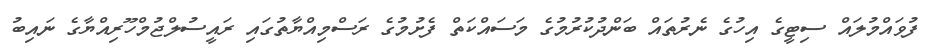
ފުވައްމުލައް ސިޓީގެ އިހުގެ ނެރުތައް ބަންދުކުރުމުގެ މަސައްކަތް ފެށުމުގެ ރަސްމިއްޔާތުގައި ރައީސުލްޖުމްހޫރިއްޔާގެ ނައިބު